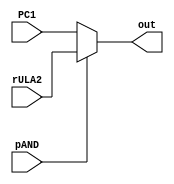
module MUX4 (
  input wire [7:0] PC1,
  input wire [7:0] rULA2,
  output wire [7:0] out,
  input wire pAND
);
  reg [7:0] regout;
  
  
  always @(PC1 or rULA2 or pAND)
    begin
        regout = PC1;
        if (pAND) begin
            regout = rULA2;
        end 
    end
  assign out = regout;
endmodule